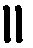
။